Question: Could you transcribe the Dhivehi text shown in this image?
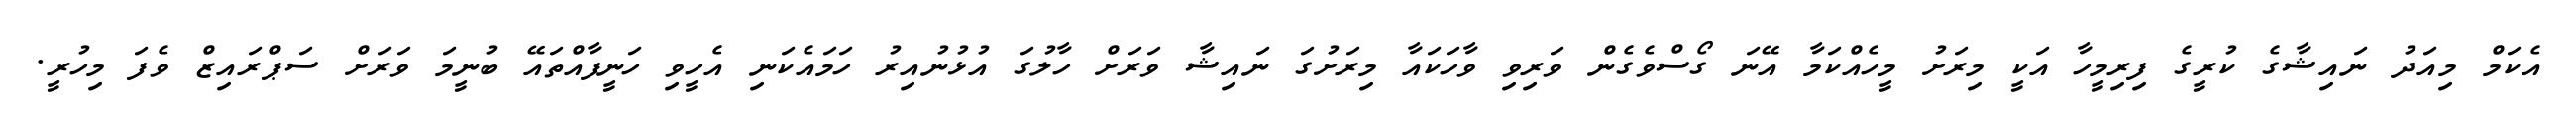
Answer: އެކަމް މިއަދު ނައިޝާގެ ކުރީގެ ފިރިމީހާ އަކީ މިރަށު މީހެއްކަމާ އޭނަ ގޯސްވެގެން ވަރިވި ވާހަކައާ މިރަށުގަ ނައިޝާ ވަރަށް ހާލުގަ އުޅުނުއިރު ހަމައެކަނި އެހީވި ހަނީފާއްތައޭ ބުނީމަ ވަރަށް ސަޕްރައިޒް ވެފަ މިހުރީ.